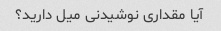
آیا مقداری نوشیدنی میل دارید؟